Scottish Leaving Certificate Examination, 1958
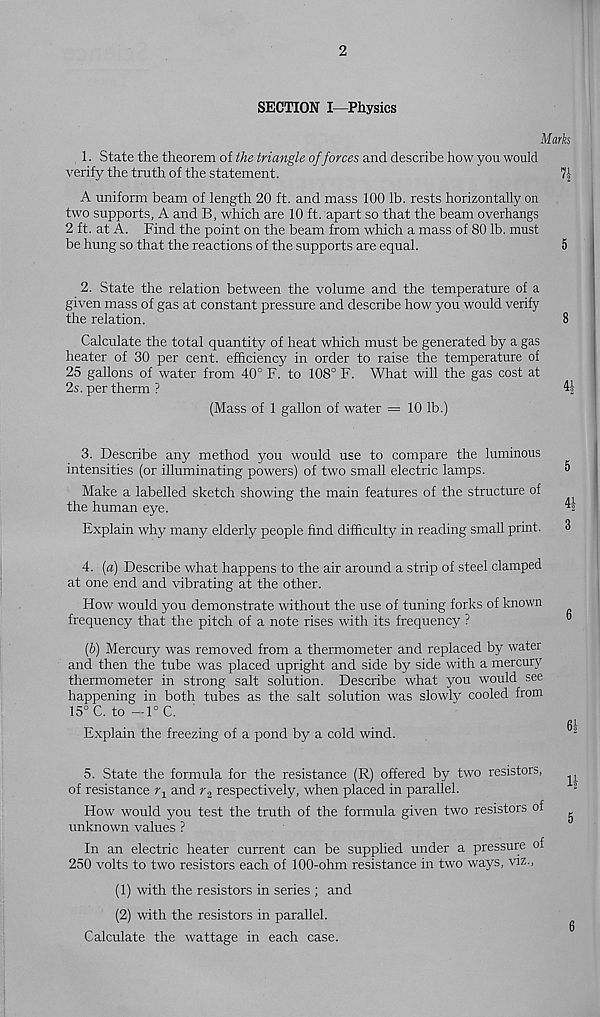
2
SECTION I—Physics
Marks
1. State the theorem of the triangle of forces and describe how you would
verify the truth of the statement.
A uniform beam of length 20 ft. and mass 100 lb. rests horizontally on
two supports, A and B, which are 10 ft. apart so that the beam overhangs
2 ft. at A. Find the point on the beam from which a mass of 80 lb. must
be hung so that the reactions of the supports are equal.
2. State the relation between the volume and the temperature of a
given mass of gas at constant pressure and describe how you would verify
the relation.
Calculate the total quantity of heat which must be generated by a gas
heater of 30 per cent, efficiency in order to raise the temperature of
25 gallons of water from 40° F. to 108° F. What will the gas cost at
2s. per therm ?
(Mass of 1 gallon of water = 10 lb.)
41
3. Describe any method you would use to compare the luminous
intensities (or illuminating powers) of two small electric lamps.
Make a labelled sketch showing the main features of the structure of
the human eye.
Explain why many elderly people find difficulty in reading small print.
4. [a) Describe what happens to the air around a strip of steel clamped
at one end and vibrating at the other.
How would you demonstrate without the use of tuning forks of known
frequency that the pitch of a note rises with its frequency ?
(&) Mercury was removed from a thermometer and replaced by water
and then the tube was placed upright and side by side with a mercury
thermometer in strong salt solution. Describe what you would see
happening in both tubes as the salt solution was slowly cooled from
15° C. to -1°C.
Explain the freezing of a pond by a cold wind.
3
61
5. State the formula for the resistance (R) offered by two resistors,
of resistance Tq and r 2 respectively, when placed in parallel.
How would you test the truth of the formula given two resistors of
unknown values ?
In an electric heater current can be supplied under a pressure
250 volts to two resistors each of 100-ohm resistance in two ways, viz.,
(1) with the resistors in series ; and
(2) with the resistors in parallel.
Calculate the wattage in each case.
of
H
5